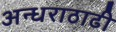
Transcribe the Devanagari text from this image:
अन्धराठाढी